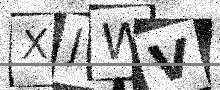
Text: XJWV